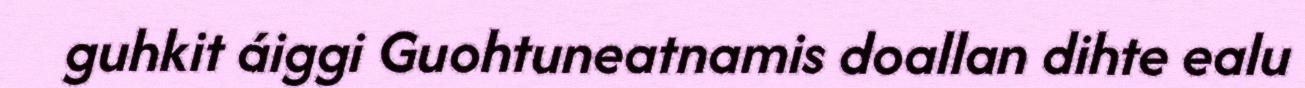
guhkit áiggi Guohtuneatnamis doallan dihte ealu